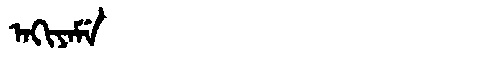
Manchu: ᠠᡴᡳᠶᠠᠮᡝ
Romanization: AKIYAME